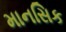
માનસિક